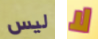
ليس لا